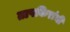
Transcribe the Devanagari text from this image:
तापकिरांनी